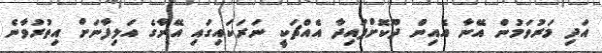
އަދި މަރުވަމުން އޭނާ އެއިން ދޫކޮށްފައިދާ އެއްޗަކީ ނަރަކައިގައި އޭނާގެ އަލިފާނަށް އިތުރުވާނެ